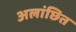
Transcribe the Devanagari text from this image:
अलांछित